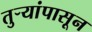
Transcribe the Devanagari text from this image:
तुर्‍यांपासून